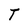
Character: T